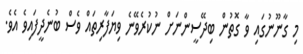
މި ގާނޫނުގައި ވާ ގޮތުން ބިދޭސީންނަށް ނުކުރެވޭނެ ވިޔަފާރިތައް ވެސް ބުނެދީފައިވެ އެވެ.